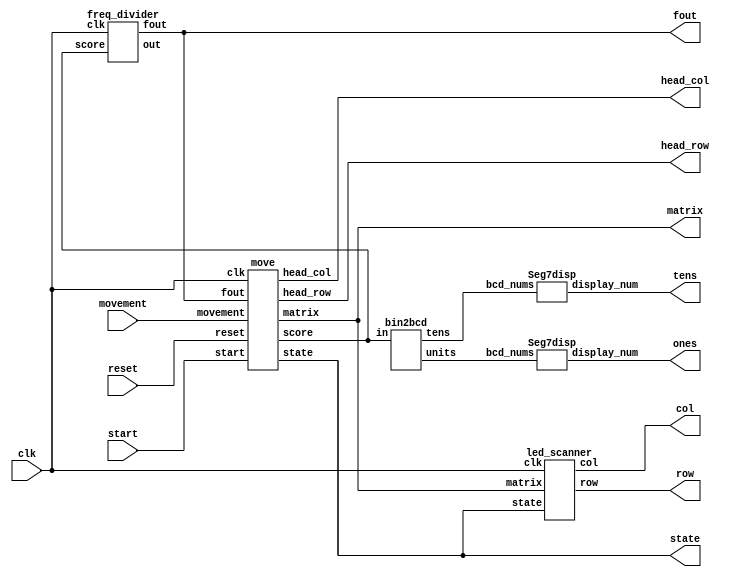
module game(clk,movement,row,col,state,start,reset,matrix,head_row,head_col,fout,ones,tens);
input clk;
input start,reset;
input [3:0]movement;// up,down,left,right
output  [7:0]row ;
output  [7:0]col ;

output [2:0] head_row,head_col;
wire [2:0]center_row,center_col;
wire [2:0]tail_row,tail_col;

wire [2:0]apple_row,apple_col;
reg [3:0]old_movement;
output [63:0]matrix;
output [2:0]state;
wire [7:0]out;
output fout;
parameter UP = 1, DOWN = 2, LEFT = 4, RIGHT = 8;

output [7:0]ones,tens;
wire [3:0] bcd_ones,bcd_tens;
wire [5:0]score;

freq_divider fd(clk,out,fout,score);
move snake_move(movement,head_row,head_col,clk,matrix,state,start,reset,fout,score);

bin2bcd b1(score,bcd_tens,bcd_ones); // from binary change to bcd
Seg7disp TEN(bcd_tens,tens);
Seg7disp UNIT(bcd_ones,ones);

led_scanner led(clk,matrix,row,col,state);


endmodule 

module led_scanner(clk,matrix,row,col,state);
input clk;
input [63:0]matrix; // 0:63 (64bit) O10000,01000,00100.....
output reg [7:0]row=8'd1 ;
output reg [7:0]col;
input [2:0]state;
always@(posedge clk) // led_scanner 
begin
    case(row)
    8'd1: 
    begin
        col = matrix[7:0];
    end
    8'd2:
    begin
        col = matrix[15:8];
    end
    8'd4:
    begin
        col = matrix[23:16];
    end
    8'd8: 
    begin
        col = matrix[31:24];
    end
    8'd16:
    begin
        col = matrix[39:32];
    end
    8'd32: 
    begin
        col = matrix[47:40];
    end
    8'd64: 
    begin
        col = matrix[55:48];
    end
    8'd128: 
    begin
        col = matrix[63:56];
	end
//  r: col = matrix[8*(r+1)-1:8*r];
    endcase
    row = row >> 1;
    if (row < 8'b0000_0001)
    begin
        row = 8'b1000_0000;
    end
end
endmodule

module move(movement,head_row,head_col,clk,matrix,state,start,reset,fout,score);
input [3:0]movement;
input clk,fout;
input start,reset;
reg [2:0]apple_row=3;//initial apple position
reg [2:0]apple_col=6;
output reg [2:0]state;
reg [2:0]next_state;
reg [3:0]old_movement;
reg over=0;
reg state_start=1;
output reg [63:0] matrix;

output reg [2:0]head_row=3,head_col=3;
reg [2:0]center_row=3,center_col=2;
reg [2:0]tail_row=3,tail_col=1;

reg [2:0]min_row[30:0]; // snake's real tail
reg [2:0]min_col[30:0]; // it means that every row and col's max is 30, because you or even me will never get the score over 30
output reg [5:0]score=0; 

parameter UP = 1, DOWN = 2, LEFT = 4, RIGHT = 8;
integer k=234;// for random
integer i=0;// for "for"
integer j=0;// same as above
integer m=0;// same as above
always@(posedge clk)
begin
	if (state_start == 1)// game start; happy face
	begin
		matrix[7:0]  =8'b00000000; 
		matrix[15:8] =8'b01100110; 
		matrix[23:16]=8'b01100110; 
		matrix[31:24]=8'b00000000; 
		matrix[39:32]=8'b01000010; 
		matrix[47:40]=8'b00100100; 
		matrix[55:48]=8'b00011000;
		matrix[63:56]=8'b00000000; 
	end
	else if(over == 1) // game over; sad face
	begin
		score = 0;
		old_movement = 0;
		matrix[7:0]  =8'b00000000; 
		matrix[15:8] =8'b01100110; 
		matrix[23:16]=8'b01100110; 
		matrix[31:24]=8'b00000000; 
		matrix[39:32]=8'b00011000; 
		matrix[47:40]=8'b00100100; 
		matrix[55:48]=8'b01000010; 
		matrix[63:56]=8'b00000000; 
		
		//matrix =0;
	end
	
	else
	begin
		if(movement == 0)
			old_movement = old_movement;
		
		else
        begin// illegal moves
            if(old_movement == UP && movement == DOWN) 
            begin
                old_movement = UP;
            end
            else if (old_movement == DOWN && movement == UP)// if snake moves old m=down; we press up it can't move up 
            begin
                old_movement = DOWN;
            end
            else if (old_movement == LEFT && movement == RIGHT)
            begin
                old_movement = LEFT;
            end
            else if (old_movement == RIGHT && movement == LEFT)
            begin
                old_movement = RIGHT;
            end
            else
            begin
                old_movement = movement;
            end
        end

		matrix=0; // clear the matrix
        matrix[head_row*8+head_col]=1;
        matrix[center_row*8+center_col]=1;
        matrix[tail_row*8+tail_col]=1;
		matrix[apple_row*8+apple_col] =  1;

		// print the min part(real tail)
		if(score>0)
		begin
			for(i=0; i < 30; i=i+1) // let 30 be max length
			begin
				if(i < score)
					matrix[min_row[i]*8+min_col[i]]=1;
			end	
		end	
		// when eating the apple	
		if((head_row == apple_row)&&(head_col == apple_col))
		begin
		// 	generate new_apple
			apple_row <= (123*k)%7;
			apple_col <= (123*(k+1))%7;
	//		matrix[apple_row*8+apple_col] =  1;
			k = k + 1;
			score <= score+1;
		end
		
		else
		begin// if we cannot eat apple its in same positionxx
		//	matrix[apple_row*8+apple_col] = 1;
			apple_row <= apple_row;
			apple_col <= apple_col;
		end
	end
end

always@(posedge fout)
begin// game start; and snake movement leftside matrix
		if (state_start == 1)
		begin
			if(start == 1)
			begin
				state_start = 0;
				head_row <= 3;
				head_col <= 3;
                center_row <= 3;
                center_col <= 2;
                tail_row <= 3;
                tail_col <= 1;
				min_row[0] <= 3;
				min_col[0] <= 0;
			end
			else
			begin
				state_start = 1;
			end
		end
		else if(over == 1) // game over 
		begin
			if(start == 1) // wait for start signal
			begin
				over = 0;
				head_row <= 3;
				head_col <= 3;
                center_row <= 3;
                center_col <= 2;
                tail_row <= 3;
                tail_col <= 1;
				min_row[0] <= 3;
				min_col[0] <= 0;
			end
			else
			begin
				over = 1;
			end
		end
		else
		begin
			case(old_movement)
			UP: // upward
			begin
				if(head_row > 0)
                begin
					head_row <= head_row - 3'd1;
					center_row <= head_row;
					center_col <= head_col;
					tail_row <= center_row;
					tail_col <= center_col;
					min_row[0] <= tail_row;
					min_col[0] <= tail_col;
					for (j=1;j<30;j=j+1)//overflow;
					begin
						if(j<score)
						begin
							min_row[j] <= min_row[j-1];
							min_col[j] <= min_col[j-1];
						end
					end
                end
				else
					begin
						head_row <= head_row;
						center_row <= center_row;
						tail_row <= tail_row;
						over = 1;
					end
			end
			DOWN:// downward
			begin
				if(head_row < 7)
                begin
                    head_row <= head_row + 3'd1; // down
					center_row <= head_row;
					center_col <= head_col;
					tail_row <= center_row;
					tail_col <= center_col;
					min_row[0] <= tail_row;
					min_col[0] <= tail_col;
					for (j=1;j<30;j=j+1)
					begin
						if(j<score)
						begin
							min_row[j] <= min_row[j-1];
							min_col[j] <= min_col[j-1];
						end
					end
                end
				else
				begin
					head_row <= head_row;
					center_row <= center_row;
					tail_row <= tail_row;
					over = 1;
				end
			end    
			LEFT:  // left 
			begin
				if(head_col > 0)
				begin
					head_col <= head_col - 3'd1;
					center_row <= head_row;
					center_col <= head_col;
					tail_row <= center_row;
					tail_col <= center_col;
					min_row[0] <= tail_row;
					min_col[0] <= tail_col;
					for (j=1;j<30;j=j+1)
					begin
						if(j<score)
						begin
							min_row[j] <= min_row[j-1];
							min_col[j] <= min_col[j-1];
						end
					end
                end
				else
				begin
					head_col <= head_col;
					center_col <= center_col;
					tail_col <= tail_col;
					over = 1;
				end
			end		
			RIGHT: // right
			begin
				if(head_col <  7)
                begin
					head_col <= head_col + 3'd1; 
					center_row <= head_row;
					center_col <= head_col;
					tail_row <= center_row;
					tail_col <= center_col;
					min_row[0] <= tail_row;
					min_col[0] <= tail_col;
					for (j=1;j<30;j=j+1)
					begin
						if(j<score)
						begin
							min_row[j] <= min_row[j-1];
							min_col[j] <= min_col[j-1];
						end
					end
                end
				else
				begin
					head_col <= head_col;
					center_col <= center_col;
					tail_col <= tail_col;
					over = 1;
				end
			end
			default: 
			begin
				head_row <= head_row;
				head_col <= head_col;
				center_row <= center_row;
				center_col <= center_col;
				tail_row <= tail_row;
				tail_col <= tail_col;
			end
			endcase
			
			for (m=1; m<30;m=m+1) // detect head hit the body
			begin
				if((head_row == min_row[m]) &&( head_col == min_col[m])&& (m<score))
				begin
					over = 1;
				end
			end
			
		end
end

endmodule

module freq_divider(clk,out,fout,score);
input clk;
input [5:0]score;
output reg fout;
output reg [7:0]out;
always@(posedge clk)
begin
	if(out == 8'd1)
	begin
		fout = !fout;
		out = 8'b1000_0000-(score*5);
	end
	else
		out = out - 8'd1;
end
endmodule


module bin2bcd(in,tens,units);

input [5:0]in;
output reg [3:0]tens,units;
reg [5:0]value ;

always@(in)
begin
    if(in >= 0)
    begin
        value = in;

        units = value % 10;
        value = value / 10;
        
        tens = value % 10;
        value = value / 10;
        
    end
end

endmodule

module Seg7disp(bcd_nums,display_num);
input [3:0]  bcd_nums; // print one side, every time
output reg [7:0] display_num;

parameter BLANK =   8'b1111_1111;
parameter ZERO  =   8'b1100_0000;//gfedcba
parameter ONE   =   8'b1111_1001;
parameter TWO   =   8'b1010_0100;
parameter THREE =   8'b1011_0000;
parameter FOUR  =   8'b1001_1001;
parameter FIVE  =   8'b1001_0010;
parameter SIX   =   8'b1000_0010;
parameter SEVEN =   8'b1111_1000;
parameter EIGHT =   8'b1000_0000;
parameter NINE  =   8'b1001_0000;

always@(bcd_nums)
begin
    
    case(bcd_nums)
    0: display_num = ZERO;
    1: display_num = ONE;
    2: display_num = TWO;
    3: display_num = THREE;
    4: display_num = FOUR;
    5: display_num = FIVE;
    6: display_num = SIX;
    7: display_num = SEVEN;
    8: display_num = EIGHT;
    9: display_num = NINE;
    default:  display_num = BLANK;

    endcase

end

endmodule

module game_test;

	// Inputs
	reg clk;
	reg [3:0] movement;
	reg start;
	reg reset;

	// Outputs
	wire [7:0] row;
	wire [7:0] col;
	wire [2:0] state;
	wire [63:0] matrix;
	wire [2:0] head_row;
	wire [2:0] head_col;
	wire fout;
	wire [7:0] ones;
	wire [7:0] tens;

	// Instantiate the Unit Under Test (UUT)
	game uut (
		.clk(clk), 
		.movement(movement), 
		.row(row), 
		.col(col), 
		.state(state), 
		.start(start), 
		.reset(reset), 
		.matrix(matrix), 
		.head_row(head_row), 
		.head_col(head_col), 
		.fout(fout), 
		.ones(ones), 
		.tens(tens)
	);

	initial begin
		// Initialize Inputs
		clk = 0;
		movement = 0;
		start = 0;
		reset = 0;

		// Wait 100 ns for global reset to finish
		#100;
        
		// Add stimulus here

	end
      
endmodule